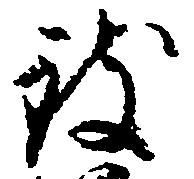
致